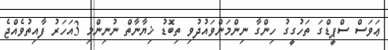
ޢަވަސް ސްޕީޑްގަ ތަހުގީގު ހިންގާ ނިންމަންވައުދުވި ތިބޮޑު ޚިޔާނާތް ނުނިންމި 3އަހަރު ފާއިތުވެއްޖެ